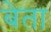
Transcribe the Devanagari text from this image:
बेता